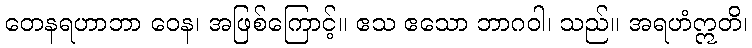
တေနရဟာဘာ ဝေန၊ အဖြစ်ကြောင့်။ ဧသ ဧသော ဘာဂဝါ၊ သည်။ အရဟံဣတိ၊